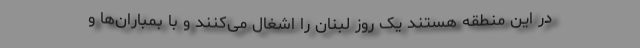
در این منطقه هستند یک روز لبنان را اشغال می‌کنند و با بمباران‌ها و